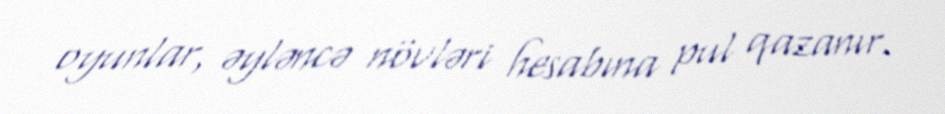
oyunlar, əyləncə növləri hesabına pul qazanır.